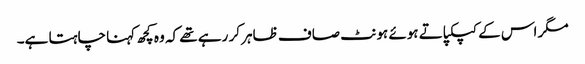
مگر اس کے کپکپاتے ہوئے ہونٹ صاف ظاہر کر رہے تھے کہ وہ کچھ کہنا چاہتا ہے۔